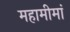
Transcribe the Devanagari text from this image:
महामीमां